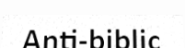
Anti-biblic